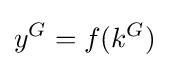
y^{G}=f(k^{G})